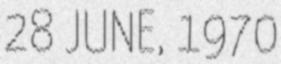
28 JUNE, 1970